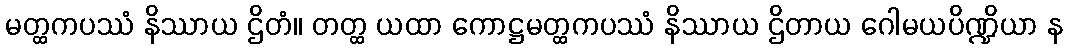
မတ္ထကပဿံ နိဿာယ ဌိတံ။ တတ္ထ ယထာ ကောဋ္ဌမတ္ထကပဿံ နိဿာယ ဌိတာယ ဂေါမယပိဏ္ဍိယာ န